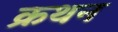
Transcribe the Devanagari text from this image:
क्रथन